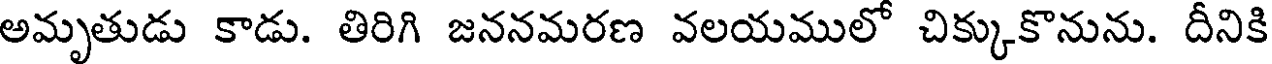
అమృతుడు కాడు. తిరిగి జననమరణ వలయములో చిక్కుకొనును. దీనికి